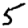
Digit: 5